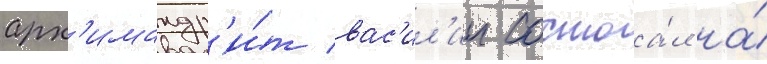
арх'имандр'и́т вас'ил'ии состоа́л на́